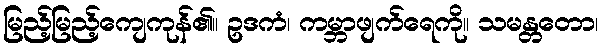
မြည့်မြည့်ကျေကုန်၏။ ဥဒကံ၊ ကမ္ဘာဖျက်ရေကို။ သမန္တတော၊